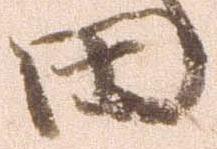
田